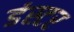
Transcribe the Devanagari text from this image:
डंस्टर